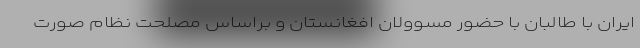
ایران با طالبان با حضور مسوولان افغانستان و براساس مصلحت نظام صورت